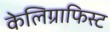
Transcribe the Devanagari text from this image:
केलिग्राफिस्ट